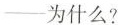
--为什么？